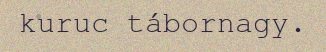
kuruc tábornagy.